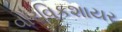
વોરવિકશાયર